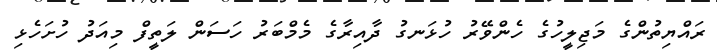
ރައްޔިތުންގެ މަޖިލީހުގެ ހެންވޭރު ހުޅަނގު ދާއިރާގެ މެމްބަރު ހަސަން ލަތީފް މިއަދު ހުށަހެޅި